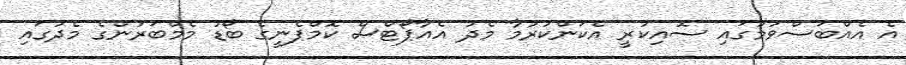
އެ އެއްބަސްވުމުގައި ސޮއިކުރީ އެކަންކުރުމާ މެދު އެއާޕޯޓްސް ކޮމްޕެނީގެ ބޯޑު މެމްބަރުންގެ މެދުގައި